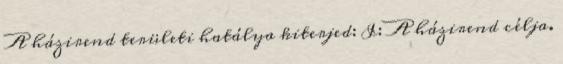
A házirend területi hatálya kiterjed: I: A házirend célja.